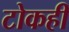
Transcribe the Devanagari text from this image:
टोकही